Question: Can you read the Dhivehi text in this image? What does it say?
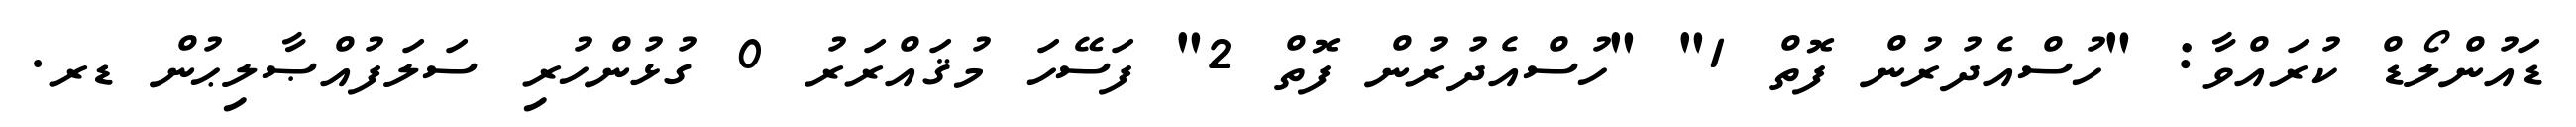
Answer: ޑައުންލޯޑް ކުރައްވާ: "ހުސްއެދުރުން ފޮތް 1" "ހުސްއެދުރުން ފޮތް 2" ފަސޭހަ މުޤައްރަރު 0 ގުޅުންހުރި ސަލަފުއްޞާލިޙުން ޑރ.